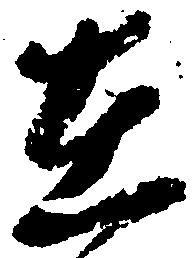
在